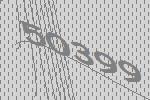
50399